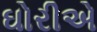
ઘોરીએ